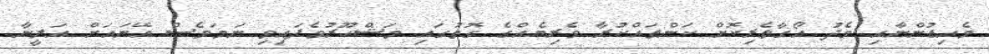
މެއިޑުންނާއި މެދު އޯގާތެރިކޮށް ކަންތައްކުރާ ވެރިޔެއްގެ ގޮތުގައި މަޝްހޫރުވެފައިވި ނަމަވެސް އޭނައަށް އަލީނާ